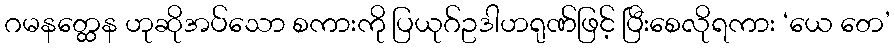
ဂမနတ္ထေန ဟုဆိုအပ်သော စကားကို ပြယုဂ်ဥဒါဟရုဏ်ဖြင့် ပြီးစေလိုရကား ‘ယေ တေ’